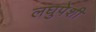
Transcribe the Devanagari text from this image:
लघुपेशी